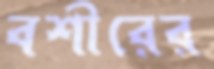
বশীরের